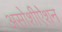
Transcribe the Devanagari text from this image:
असोशीऐशन